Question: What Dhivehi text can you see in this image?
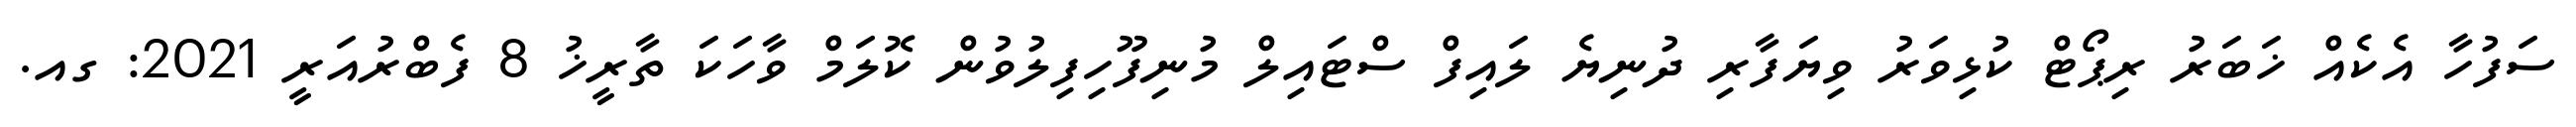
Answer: ސަފުހާ އެކެއް ޚަބަރު ރިޕޯޓް ކުޅިވަރު ވިޔަފާރި ދުނިޔެ ލައިފް ސްޓައިލް މުނިފޫހިފިލުވުން ކޮލަމް ވާހަކަ ތާރީޚު 8 ފެބްރުއަރީ 2021: ގއ.